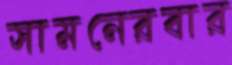
সামনেরবার